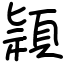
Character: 頴